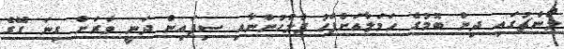
ލޯންޗުގައި ދިން ބޮމުގެ ހަމަލާއަށްފަހު ފުލުހުންނާއި ސިފައިން ދަނީ ވަރަށް ގިނަ ގޭގެ